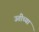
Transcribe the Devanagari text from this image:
उतीच्या